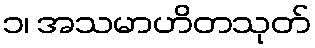
၁၊ အသမာဟိတသုတ်